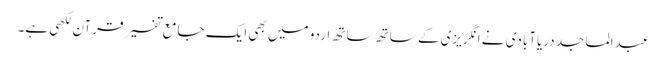
عبدالماجد دریاآبادی نے انگریزی کے ساتھ ساتھ اردو میں بھی ایک جامع تفسیر قرآن لکھی ہے۔